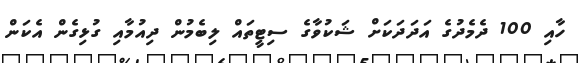
ހާއި 100 ދެމެދުގެ އަދަދަކަށް ޝަކުވާގެ ސިޓީތައް ލިބެމުން ދިއުމާއި ގުޅިގެން އެކަން